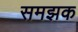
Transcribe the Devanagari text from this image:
समझक